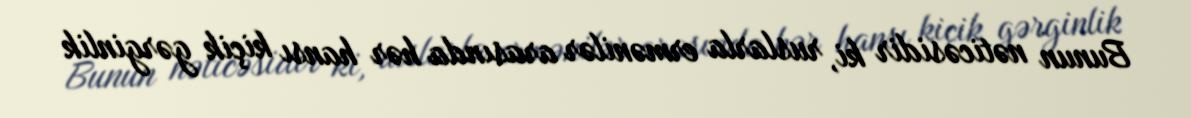
Bunun nəticəsidir ki, ruslarla ermənilər arasında hər hansı kiçik gərginlik